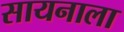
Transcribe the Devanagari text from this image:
सायनाला